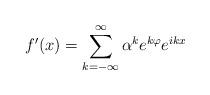
LaTeX: \begin{align*}f^{\prime }(x)=\sum_{k=-\infty }^{\infty }\alpha ^{k}e^{k\varphi }e^{ikx}\end{align*}